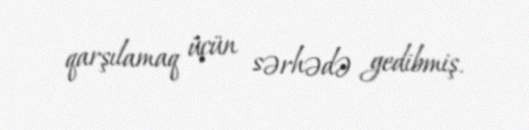
qarşılamaq üçün sərhədə gedibmiş.